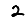
Digit: 2